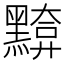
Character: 𪒈